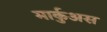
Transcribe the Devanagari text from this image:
मार्कुअस